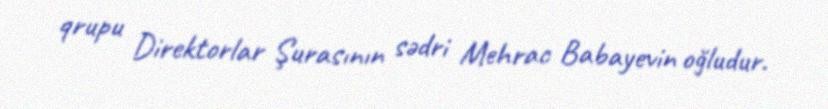
qrupu Direktorlar Şurasının sədri Mehrac Babayevin oğludur.